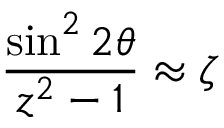
{ \frac { \sin ^ { 2 } 2 \theta } { z ^ { 2 } - 1 } } \approx \zeta